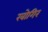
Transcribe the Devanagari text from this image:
खोगिर